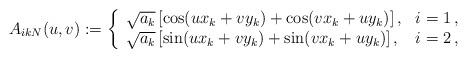
LaTeX: \begin{align*} A_{ikN}(u,v):=\left\{\begin{array}{ll} \sqrt{a_k}\left[\cos(ux_k+vy_k)+\cos(vx_k+uy_k)\right],&i=1\,,\\ \sqrt{a_k}\left[\sin(ux_k+vy_k)+\sin(vx_k+uy_k)\right],&i=2\,, \end{array}\right.\end{align*}